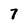
Character: 7